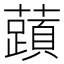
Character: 𬟐